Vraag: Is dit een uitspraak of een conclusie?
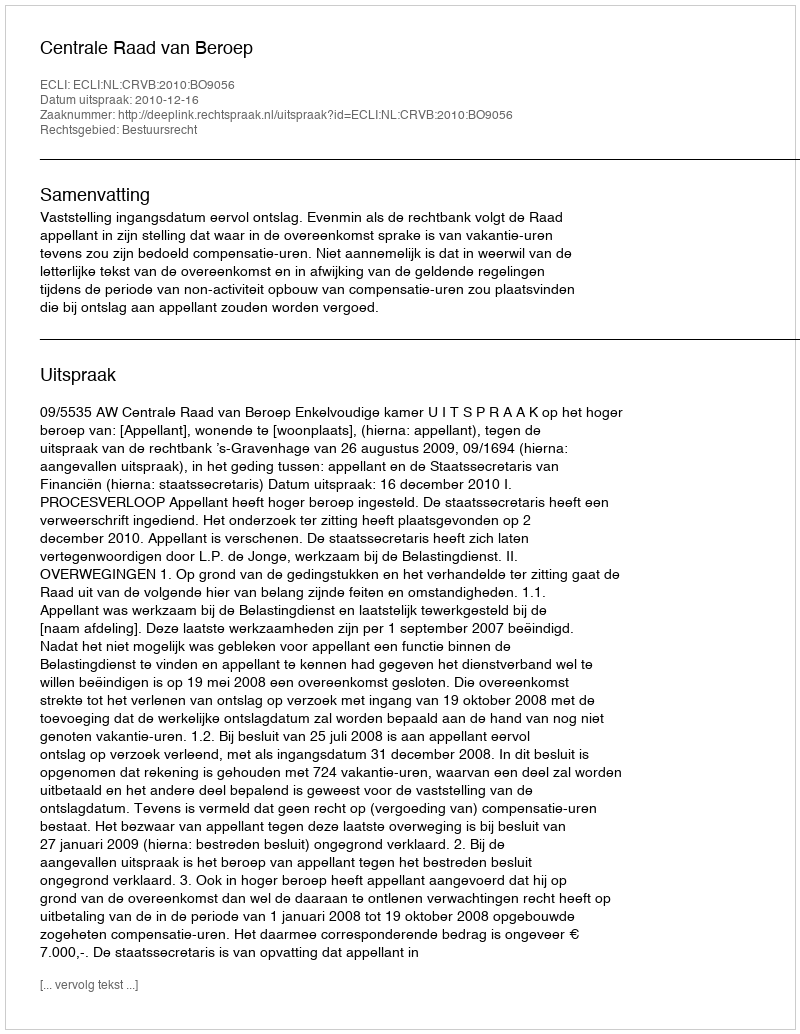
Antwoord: Uitspraak